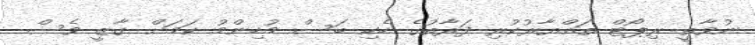
ނުވާތީ ރިޕޯޓް ތައްޔާރުކުރި ފަރާތުގެ ހެކި ބަސް މުހިންމު ކަމަށް ގާޒީ ވެސް